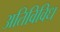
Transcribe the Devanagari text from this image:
अतिविविध